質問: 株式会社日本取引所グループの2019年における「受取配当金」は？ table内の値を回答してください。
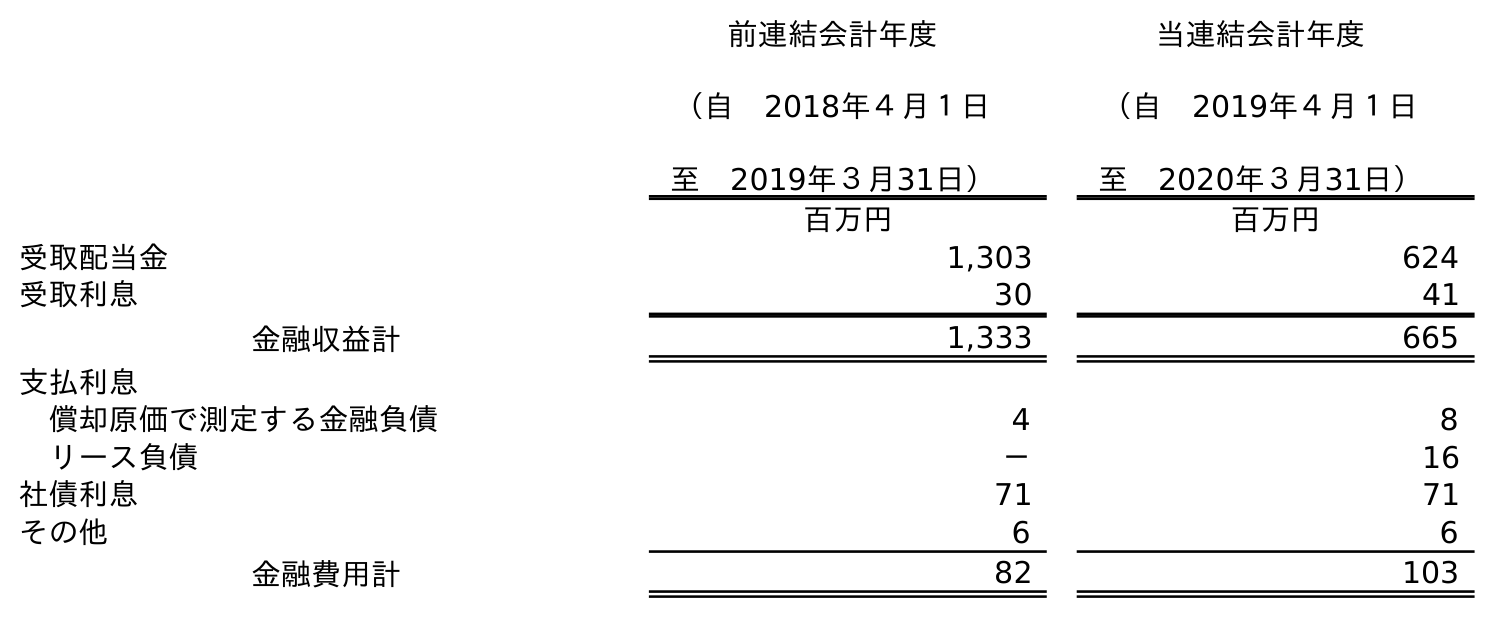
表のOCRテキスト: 前連結会計年度 （自 2018年４月１日 至 2019年３月31日） 当連結会計年度 （自 2019年４月１日 至 2020年３月31日） 百万円 百万円 受取配当金 1,303 624 受取利息 30 41 金融収益計 1,333 665 支払利息 償却原価で測定する金融負債 4 8 リース負債 － 16 社債利息 71 71 その他 6 6 金融費用計 82 103
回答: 1,303